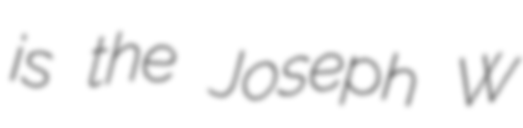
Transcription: is the Joseph W